Annual administration report of the Civil Veterinary Department of India - 1893-1894
Year: 1893
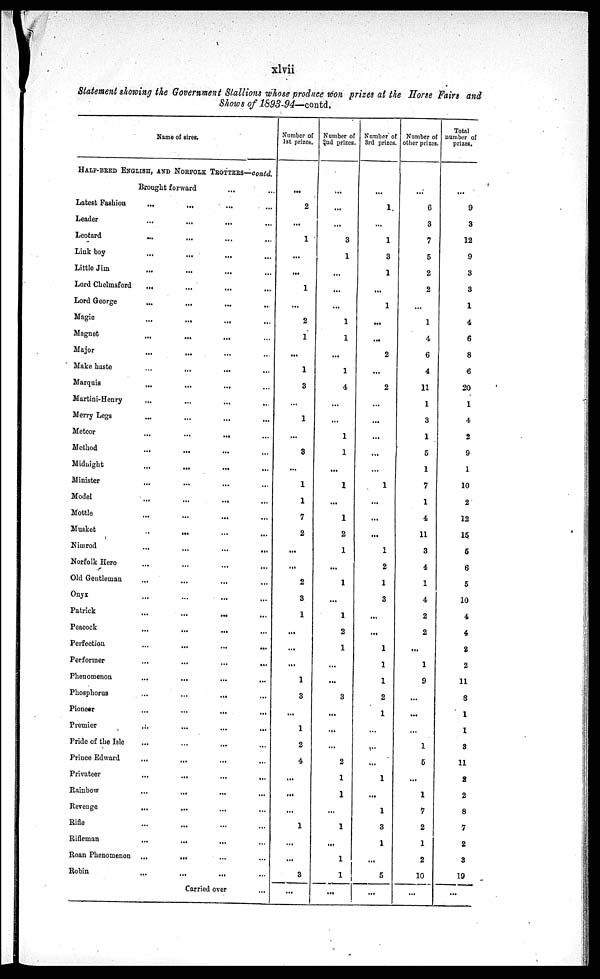
xlvii
Statement showing the Government Stallions whose produce won prizes at the Horse Fairs and
Shows of 1893-94—contd.
Name of sires.
HALF-BRED ENGLISH, AND NORFOLK TROTTERS—contd.
Brought forward ... ...
Latest Fashion ... ... ... ...
Leader ... ... ... ...
Leotard ... ... ... ...
Link boy ... ... ... ...
Little Jim ... ... ... ...
Lord Chelmsford ... ... ... ...
Lord George ... ... ... ...
Magic ... ... ... ...
Magnet ... ... ... ...
Major ... ... ... ...
Make haste ... ... ... ...
Marquis ... ... ... ...
Martini-Henry ... ... ... ...
Merry Legs ... ... ... ...
Meteor ... ... ... ...
Method ... ... ... ...
Midnight ... ... ... ...
Minister ... ... ... ...
Model ... ... ... ...
Mottle ... ... ... ...
Musket ... ... ... ...
Nimrod ... ... ... ...
Norfolk Hero ... ... ... ...
Old Gentleman ... ... ... ...
Onyx ... ... ... ...
Patrick ... ... ... ...
Peacock ... ... ... ...
Perfection ... ... ... ...
Performer ... ... ... ...
Phenomenon ... ... ... ...
Phosphorus ... ... ... ...
Pioneer ... ... ... ...
Premier ... ... ... ...
Pride of the Isle ... ... ... ...
Prince Edward ... ... ... ...
Privateer ... ... ... ...
Rainbow ... ... ... ...
Revenge ... ... ... ...
Rifle ... ... ... ...
Rifleman ... ... ... ...
Roan Phenomenon ... ... ... ...
Robin ... ... ... ...
Carried over ...
Number of
1st prizes.
...
2
...
1
...
...
1
...
2
1
...
1
3
...
1
...
3
...
1
1
7
2
...
...
2
3
1
...
...
...
1
3
...
1
2
4
...
...
...
1
...
...
3
...
Number of
2nd prizes.
...
...
...
3
1
...
...
...
1
1
...
1
4
...
...
1
1
...
1
...
1
2
1
...
1
...
1
2
1
...
...
3
...
...
...
2
1
1
...
1
...
1
1
...
Number of
3rd prizes.
...
1
...
1
3
1
...
1
...
...
2
...
2
...
...
...
...
...
1
...
...
...
1
2
1
3
...
...
1
1
1
2
1
...
...
...
1
...
1
3
1
...
5
...
Number of
other prizes.
...
6
3
7
5
2
2
...
1
4
6
4
11
1
3
1
5
1
7
1
4
11
3
4
1
4
2
2
...
1
9
...
...
...
1
5
...
1
7
2
1
2
10
...
Total
number of
prizes.
...
9
3
12
9
3
3
1
4
6
8
6
20
1
4
2
9
1
10
2
12
15
5
6
5
10
4
4
2
2
11
8
1
1
3
11
2
2
8
7
2
3
19
...